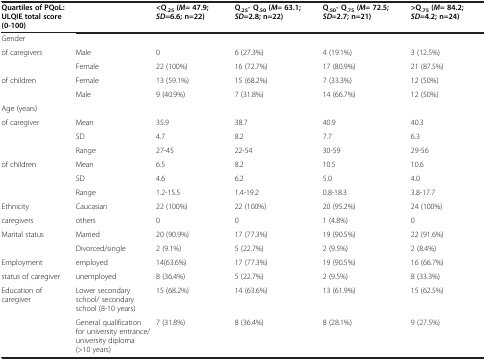
| Quartiles of PQoL: ULQIE total score (0-100) |  | <Q.25 (M = 47.9; SD=6.6; n=22) | Q.25- Q.50 (M = 63.1; SD=2.8; n=22) | Q.50- Q.75 (M = 72.5; SD=2.7; n=21) | >Q.75 (M = 84.2; SD=4.2; n=24) |
 | --- | --- | --- | --- | --- | --- |
 | Gender |  |  |  |  |  |
 | <ROWSPAN=2> of caregivers | Male | 0 | 6 (27.3%) | 4 (19.1%) | 3 (12.5%) |
 | Female | 22 (100%) | 16 (72.7%) | 17 (80.9%) | 21 (87.5%) |
 | <ROWSPAN=2> of children | Female | 13 (59.1%) | 15 (68.2%) | 7 (33.3%) | 12 (50%) |
 | Male | 9 (40.9%) | 7 (31.8%) | 14 (66.7%) | 12 (50%) |
 | Age (years) |  |  |  |  |  |
 | <ROWSPAN=3> of caregiver | Mean | 35.9 | 38.7 | 40.9 | 40.3 |
 | SD | 4.7 | 8.2 | 7.7 | 6.3 |
 | Range | 27-45 | 22-54 | 30-59 | 29-56 |
 | <ROWSPAN=3> of children | Mean | 6.5 | 8.2 | 10.5 | 10.6 |
 | SD | 4.6 | 6.2 | 5.0 | 4.0 |
 | Range | 1.2-15.5 | 1.4-19.2 | 0.8-18.3 | 3.8-17.7 |
 | Ethnicity | Caucasian | 22 (100%) | 22 (100%) | 20 (95.2%) | 24 (100%) |
 | caregivers | others | 0 | 0 | 1 (4.8%) | 0 |
 | <ROWSPAN=2> Marital status | Married | 20 (90.9%) | 17 (77.3%) | 19 (90.5%) | 22 (91.6%) |
 | Divorced/single | 2 (9.1%) | 5 (22.7%) | 2 (9.5%) | 2 (8.4%) |
 | Employment | employed | 14(63.6%) | 17 (77.3%) | 19 (90.5%) | 16 (66.7%) |
 | status of caregiver | unemployed | 8 (36.4%) | 5 (22.7%) | 2 (9.5%) | 8 (33.3%) |
 | Education of caregiver | Lower secondary school/ secondary school (8-10 years) | 15 (68.2%) | 14 (63.6%) | 13 (61.9%) | 15 (62.5%) |
 |  | General qualification for university entrance/ university diploma (>10 years) | 7 (31.8%) | 8 (36.4%) | 8 (28.1%) | 9 (27.5%) |